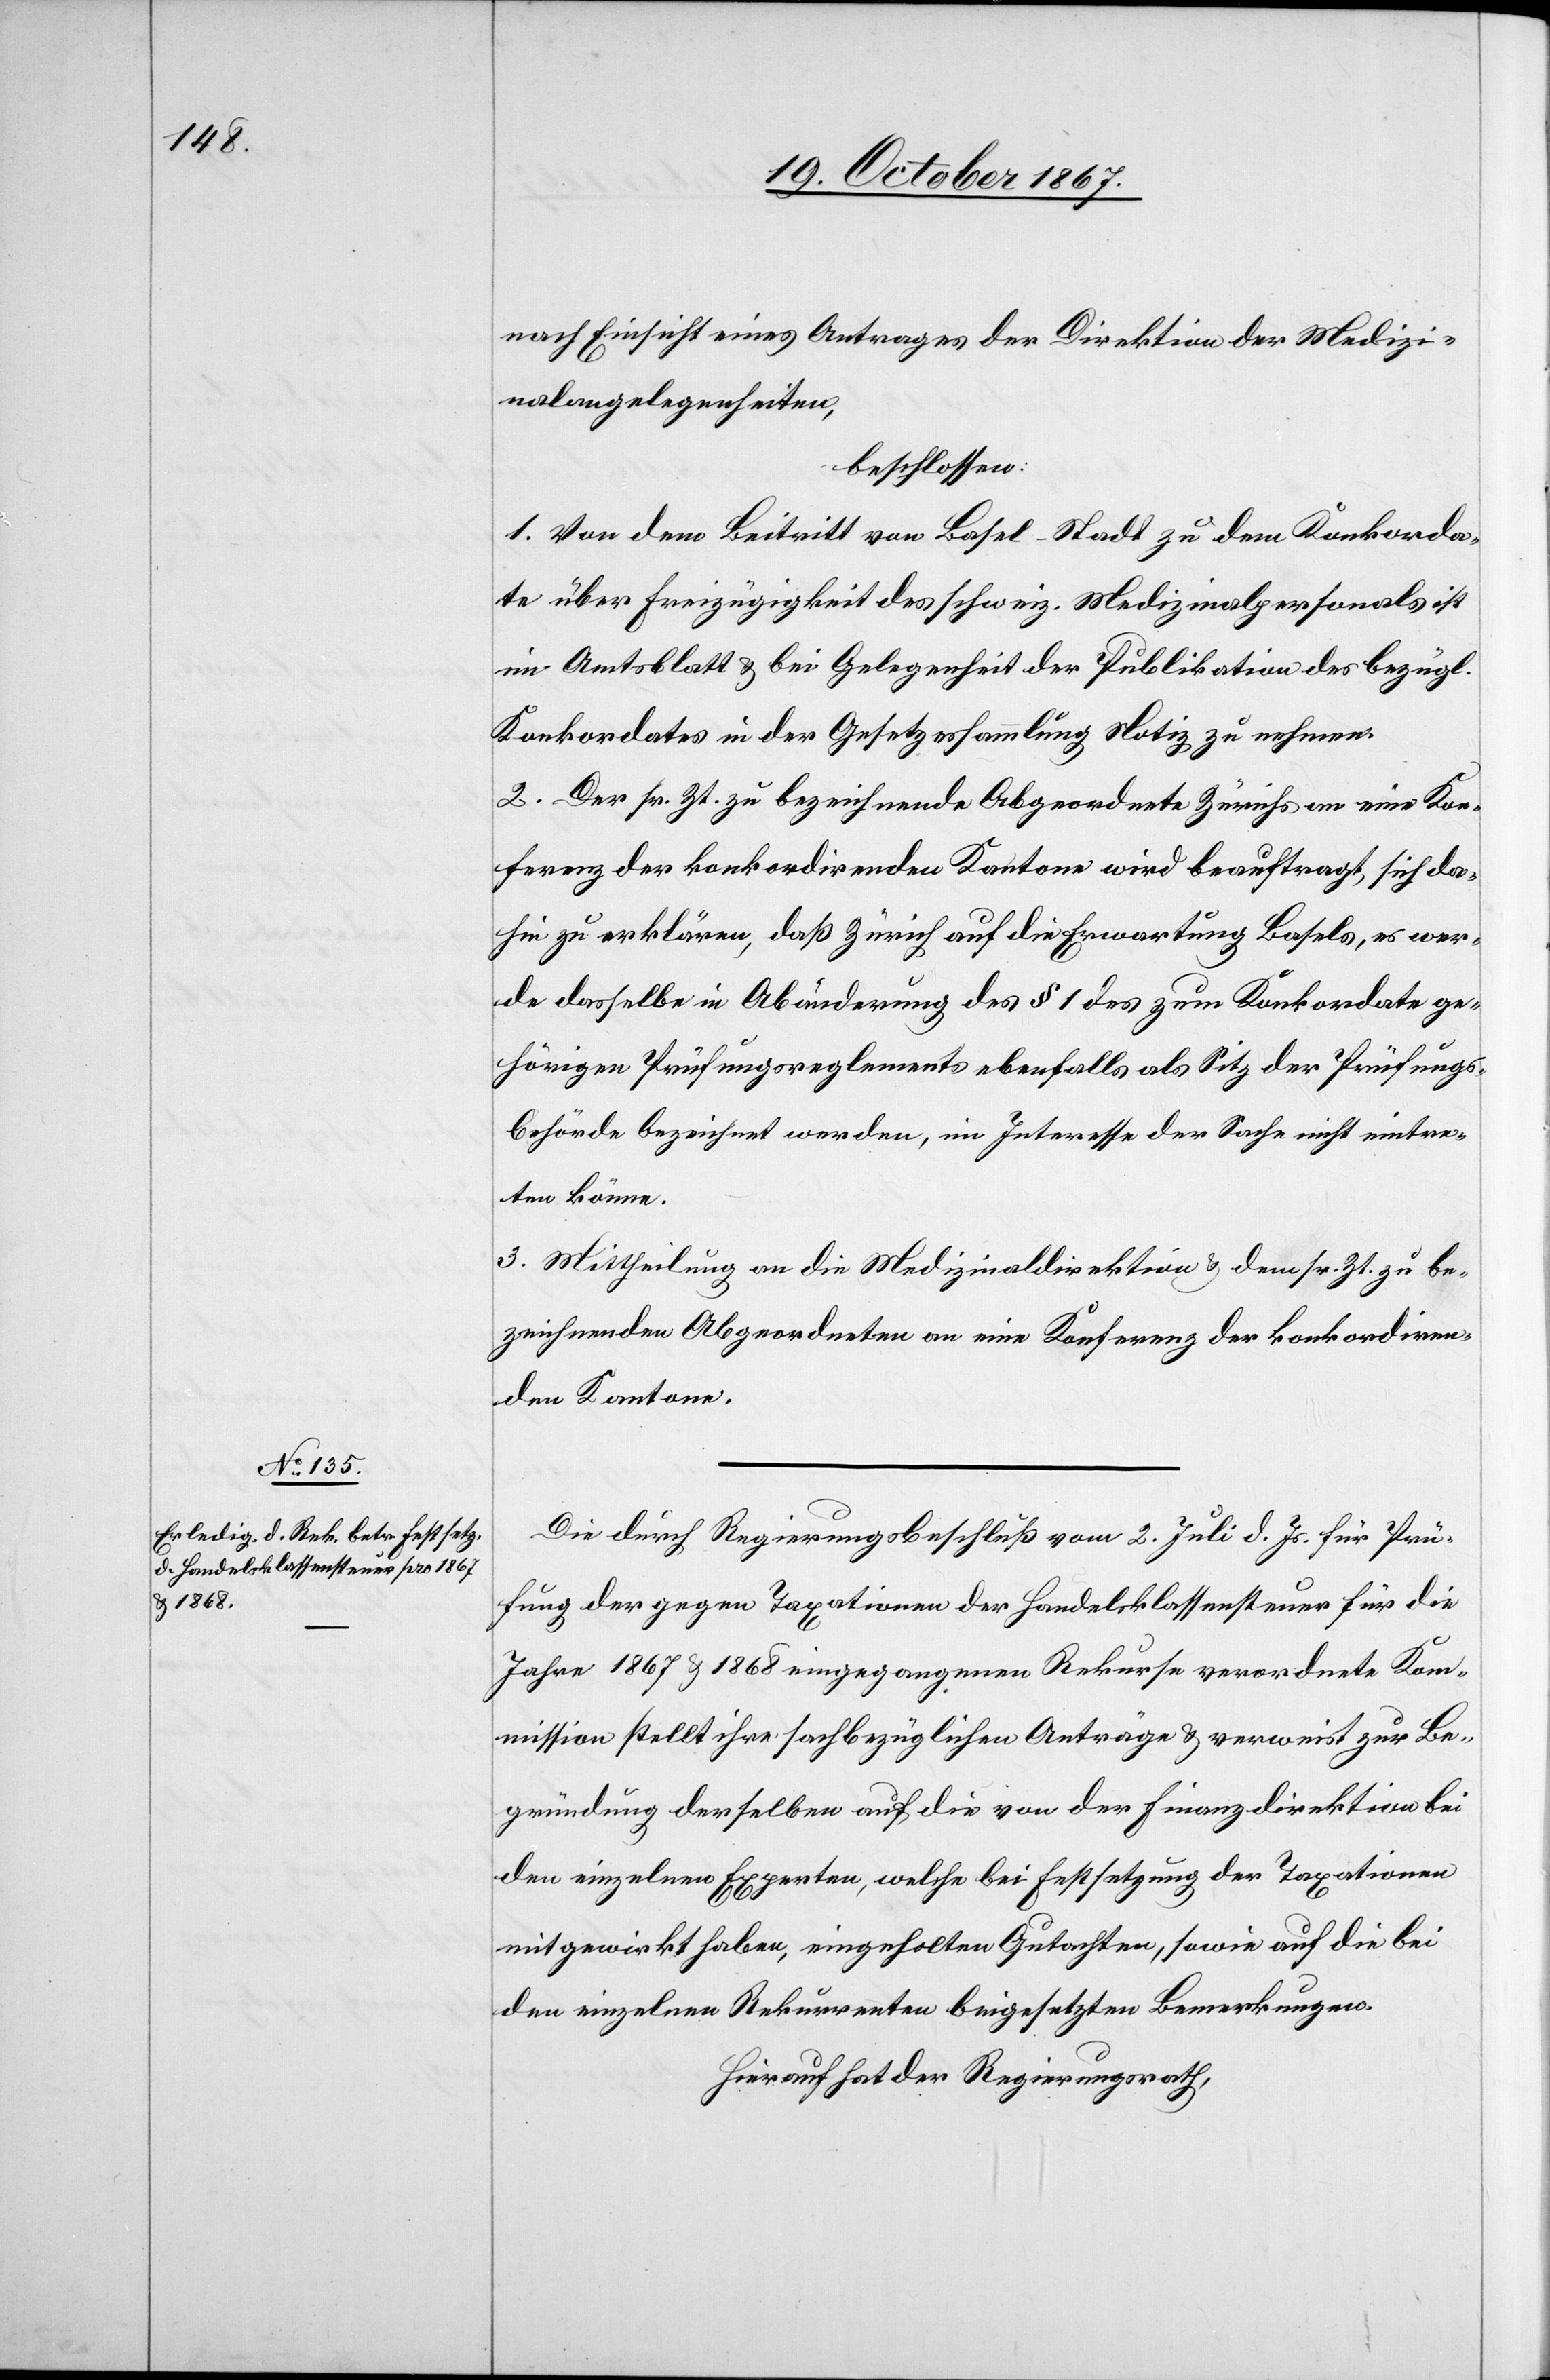
nach Einsicht eines Antrages der Direktion der Medizi¬
nalangelegenheiten,
beschlossen:
1. Von dem Beitritt von Basel-Stadt zu dem Konkorda¬
te über Freizügigkeit des schweiz. Medizinalpersonals ist
im Amtsblatt u. bei Gelegenheit der Publikation des bezügl.
Konkordates in der Gesetzessammlung Notiz zu nehmen.
2. Der sr. Zt. zu bezeichnenden Abgeordnete Zürichs an eine Kon¬
ferenz der konkordirenden Kantone wird beauftragt, sich da¬
hin zu erklären, daß Zürich auf die Erwartung Basels, es wer¬
de dasselbe in Abänderung des § 1 des zum Konkordate ge¬
hörigen Prüfungsreglements ebenfalls als Sitz der Prüfungs¬
behörde bezeichnet werden, im Interesse der Sache nicht eintre¬
ten könne.
3. Mittheilung an die Medizinaldirektion u. den sr. Zt. zu be¬
zeichnenden Abgeordneten an eine Konferenz der konkordiren¬
den Kantone.
Die durch Regierungsbeschluß vom 2. Juli d. Js. für Prü¬
fung der gegen Taxationen der Handelsklassensteuer für die
Jahre 1867 u. 1868 eingegangenen Rekurse verordnete Ko¬
mmission stellt ihre sachbezüglichen Anträge u. verweist zur Be¬
gründung derselben auf die von der Finanzdirektion bei
den einzelnen Experten, welche bei Festsetzung der Taxationen
mitgewirkt haben, eingeholten Gutachten, sowie auf die bei
den einzelnen Rekurrenten beigesetzten Bemerkungen.
Hierauf hat der Regierungsrath,